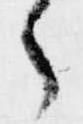
了